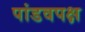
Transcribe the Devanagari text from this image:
पांडवपक्ष